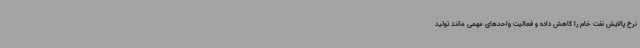
نرخ پالایش نفت خام را کاهش داده و فعالیت واحدهای مهمی مانند تولید